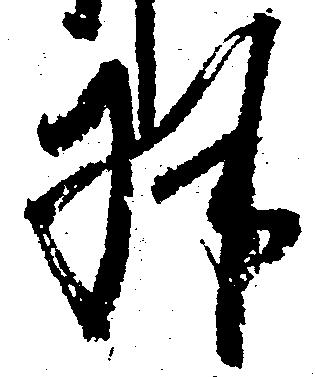
拝